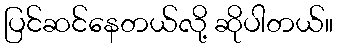
ပြင်ဆင်နေတယ်လို့ ဆိုပါတယ်။